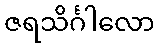
ဇရသိင်္ဂါလော